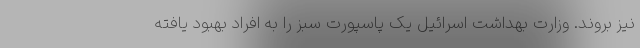
نیز بروند. وزارت بهداشت اسرائیل یک پاسپورت سبز را به افراد بهبود یافته